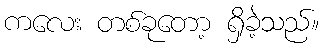
ကလေး တစ်ခုတော့ ရှိခဲ့သည်။